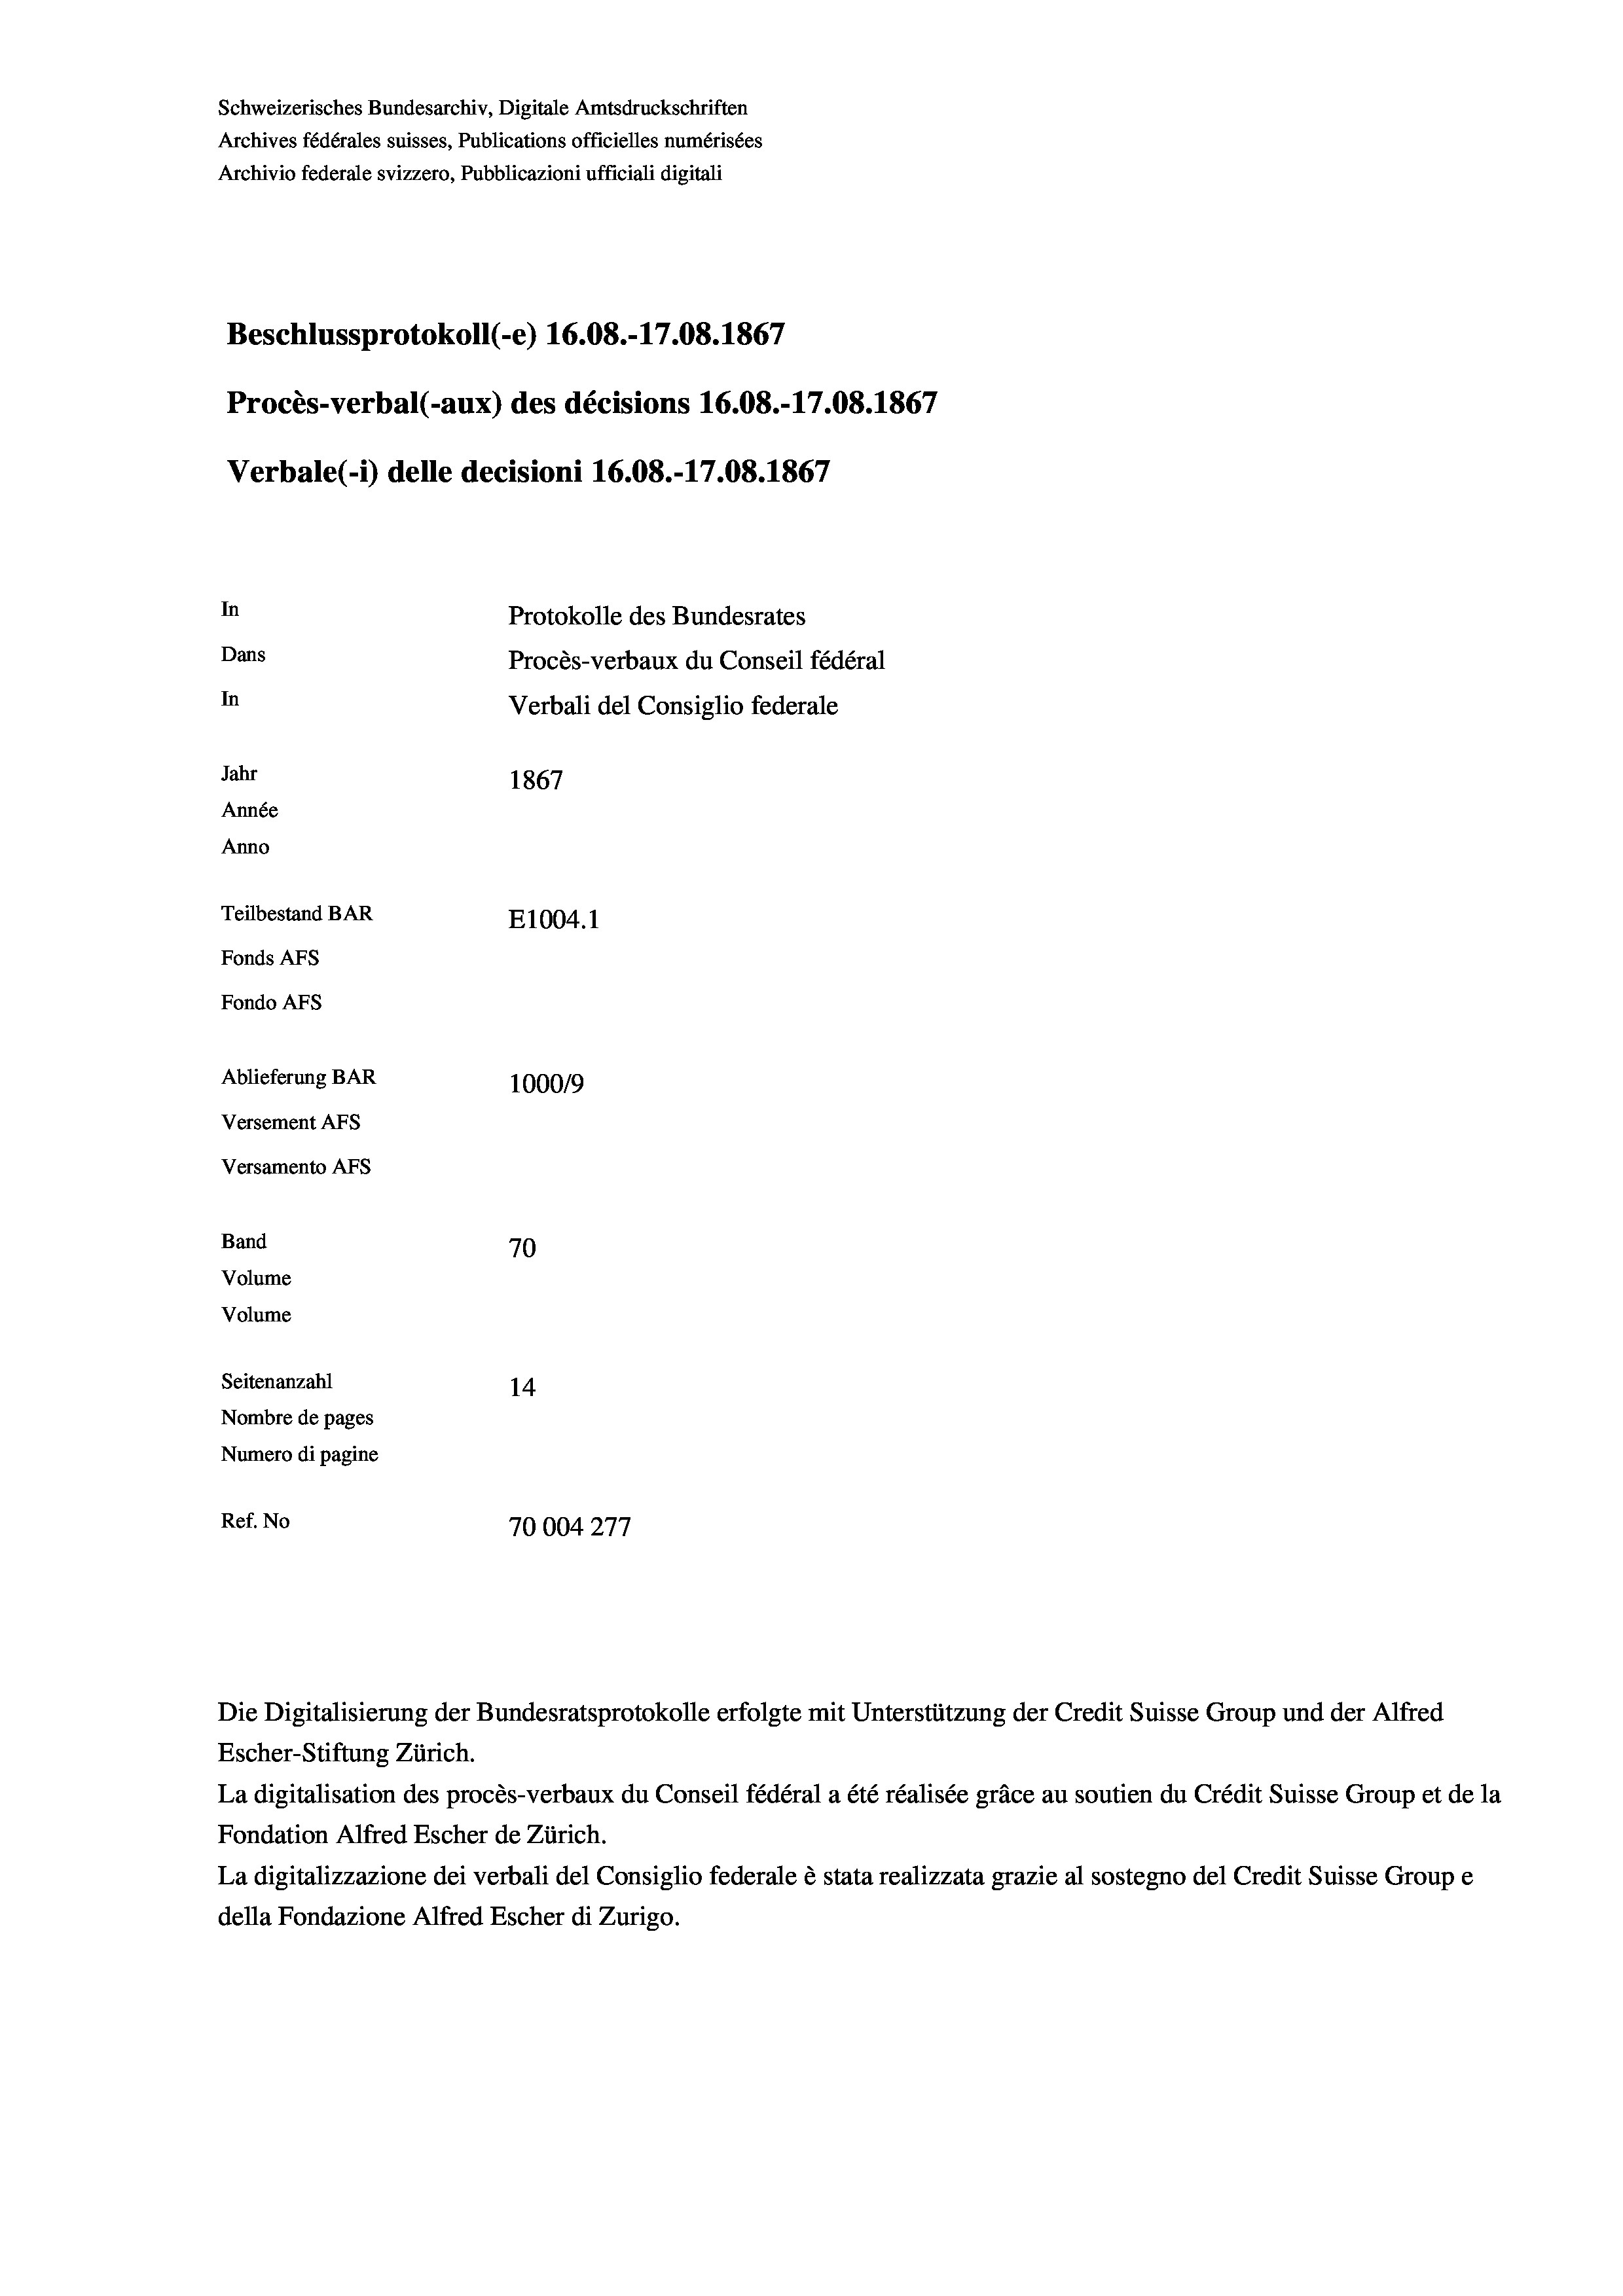
Schweizerisches Bundesarchiv, Digitale Amtsdruckschriften
Archives fédérales suisses, Publications officielles numérisées
Archivio federale svizzero, Pubblicazioni ufficiali digitali
Beschlussprotokoll (e) 16.08.-17.08. 1867
Procès-verbal (-aux) des décisions 16.08.-17.08. 1867
Verbale (- 1) delle decisioni 16.08.-17.08. 1867
In
Protokolle des Bundesrates
Dans
Procès-verbaux du Conseil fédéral
In
Verbali del Consiglio federale
Jahr
1867
Année
Anno
Teilbestand BAR
E1004.1
Fonds AFs
Fondo AFS
Ablieferung BAR
100019
Versement AFs
Versamento AFs
Band
70
Volume
Volume
Seitenanzahl
14
Nombre de pages
Numero di pagine
Ref. No
70004277

Escher-Stiftung Zürich.
La digitalisation des procès-verbaux du Conseil fédéral a été réalisée gräce au soutien du Crédit Suisse Group et de la
Fondation Alfred Escher de Zürich.
La digitalizzazione dei verbali del Consiglio federale è stata realizzata grazie al sostegno del Credit Suisse Groupe
della Fondazione Alfred Escher di Zurigo.

Die Digitalisierung der Bundesratsprotokolle erfolgte mit Unterstützung der Credit Suisse Group und der Alfred